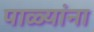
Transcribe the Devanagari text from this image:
पाळ्यांना